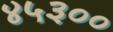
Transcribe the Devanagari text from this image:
४५३००